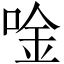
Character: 唫